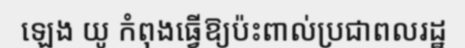
ឡេង យូ កំពុងធ្វើឱ្យប៉ះពាល់ប្រជាពលរដ្ឋ